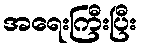
အရေးကြီးပြီး